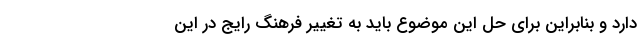
دارد و بنابراین برای حل این موضوع باید به تغییر فرهنگ رایج در این